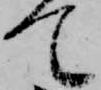
て